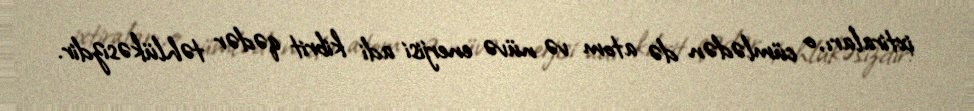
ixtiraları, o cümlədən də atom və nüvə enerjisi adi kibrit qədər təhlükəsizdir.